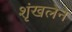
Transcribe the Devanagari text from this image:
शृंखलेने